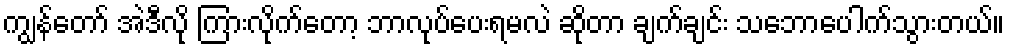
ကျွန်တော် အဲဒီလို ကြားလိုက်တော့ ဘာလုပ်ပေးရမလဲ ဆိုတာ ချက်ချင်း သဘောပေါက်သွားတယ်။